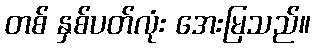
တစ် နှစ်ပတ်လုံး အေးမြသည်။